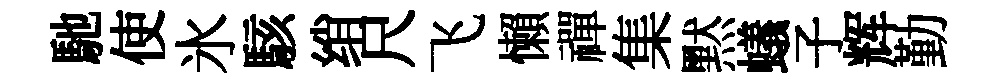
馳使氷駭绡尺飞懶禪集黙蟻子辉勤